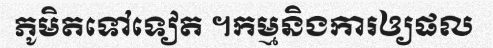
ភូមិតទៅទៀត ។កម្មនិងការឲ្យផល